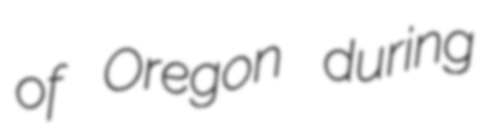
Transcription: of Oregon during